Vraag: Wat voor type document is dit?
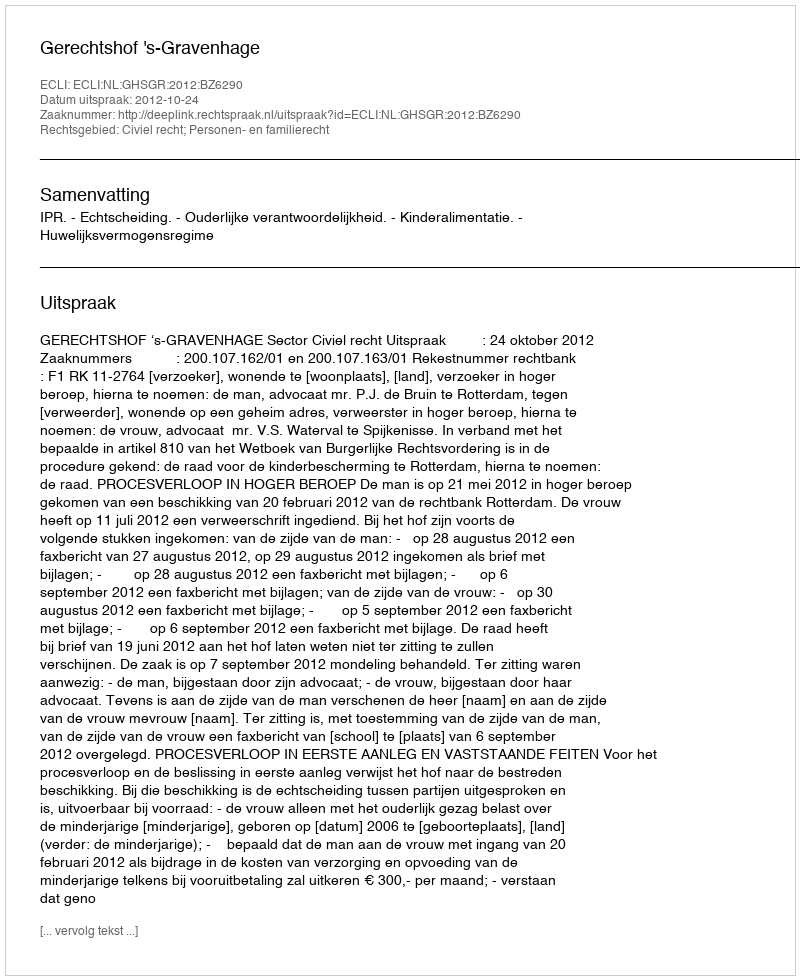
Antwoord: Uitspraak